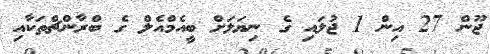
ޖޫން 27 އިން 1 ޖުލައި ގެ ނިޔަލަށް ބީއެމްއެލް ގެ ބްރާންޗްތަކާއި